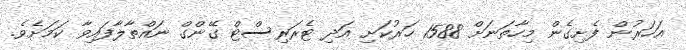
އަހަރުން ފެށިގެން މިހާތަނަށް 1588 ހަރުކަށި އަދި ޓެރަރިސްޓް ގޭންގް ނައްތާލާފައިވާ ކަމަށެވެ.